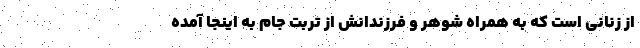
از زنانی است که به همراه شوهر و فرزندانش از تربت جام به اینجا آمده